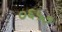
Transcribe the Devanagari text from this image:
०६५७